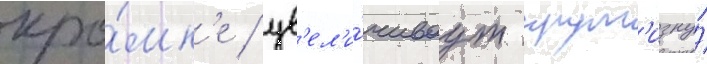
кро́мк'е / ув'ел'и́чиваут крут'изну́